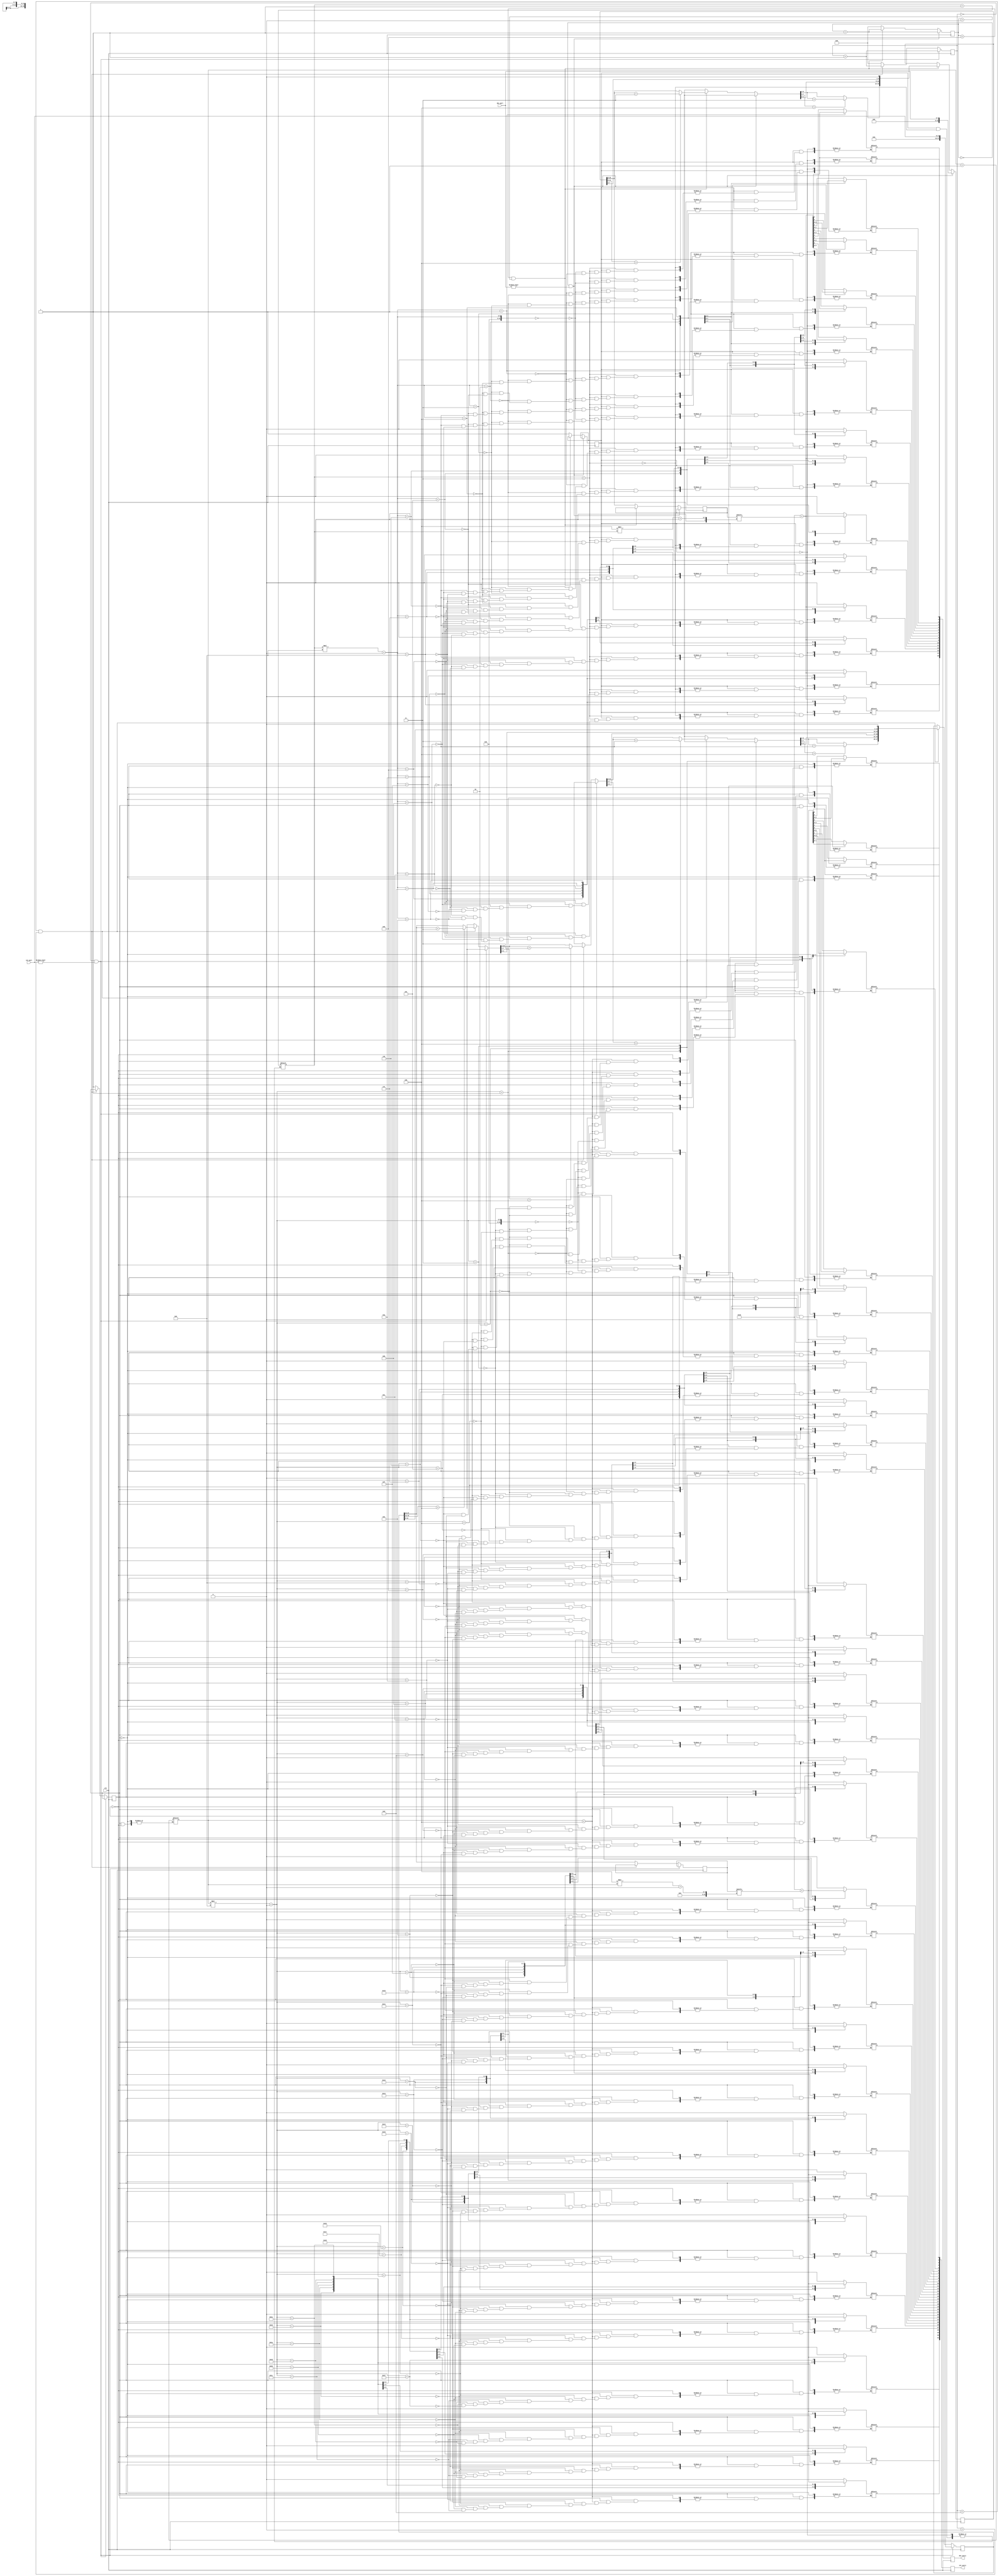
// Sankatmochan Bot : Task 1 D : Binary to Ascii
/*
Instructions
-------------------
Students are not allowed to make any changes in the Module declaration.
This file is used to design a Binary to Ascii converter.

Recommended Quartus Version : 19.1
The submitted project file must be 19.1 compatible as the evaluation will be done on Quartus Prime Lite 19.1.

Warning: The error due to compatibility will not be entertained.
			Do not make any changes to Test_Bench_Vector.txt file. Violating will result into Disqualification.
-------------------
*/

//Binary_to_Ascii
//Inputs : 12-bit int_part and 8-bit dec_part.
//Output : 32-bit int_ascii and 16-bit dec_ascii.

//Note : In the below code/comment, decimal part(dec_part) is referred as fractional part.

//////////////////DO NOT MAKE ANY CHANGES IN MODULE///////////////////////////////

module Binary_to_Ascii(
input 		clk,                    // Clock input for the entire design
input 		[11:0]int_part,			// 12 Bit Interger part (min. value in decimal is 0 and max is 4095)
input 		[7:0]dec_part,				// 8 Bit Fractional part (min. value in decimal is 0 and max is 99)
output reg 	[31:0]int_ascii,	 		// 32 Bit Output Reg to hold the Ascii value of integer part (int_part).
output reg 	[15:0]dec_ascii		   // 16 Bit Output Reg to hold the Ascii value of fractional part (dec_part).
				
/* Note : 1) It is expected that teams find out the reason behind output reg being 32 bit and 16 bit for
		             integer part and decimal part resp. and then proceed with the task.
			 2) 8 bit decimal part can go upto 255 but as it is been used to represent decimal part it cannot go beyound 99.
*/
);
//set_global_assignment -Binary_to_coding VERILOG_NON_CONSTANT_LOOP_LIMIT 300;
////////////////////////////////////// Complete the "?" with appropriate bit values.///////////////////////////////////////////
reg [11:0]r_int_part    = 0;			// Registor to hold input integer part (int_part)
reg [7:0]r_dec_part     = 0;			// Registor to hold input decimal part (dec_part)

reg [27:0]r_shift_int   = 0;			// Registor to hold Output during shift add 3 algorithm integer part (int_part)
reg [15:0]r_shift_dec   = 0;			// Registor to hold Output during shift add 3 algorithm Decimal part (int_part)

reg [3:0]i_int          = 0;			// Use to monitor binary bit shifting of integer part
reg [3:0]i_dec          = 0;			// Use to monitor binary bit shifting of decimal part
reg [3:0]i_int1          = 0;			// Use to monitor binary bit during ascii conver of integer part
reg [3:0]i_dec1          = 0;			// Use to monitor binary bit during ascii conver of decimal part

reg [15:0]r_bcd_int;						// Registor to hold BCD value of integer
reg [7:0]r_bcd_dec;						// Registor to hold BCD value of decimals

reg [31:0]r_int_ascii = 0;				// Registor to hold ASCII value of integer
reg [15:0]r_dec_ascii =0;				// Registor to hold ASCII value of decimal

reg conversion_complete_int = 0;		// To monitor the completion of binary to BCD conversion (integer part)
reg conversion_complete_dec = 0;		// To monitor the completion of binary to BCD conversion (decimal part)
///////////////////////////////////////////////////////////////////////////////////////////////////////////////////////////////


////////////////////////////////////////DO NOT MAKE ANY CHANGES IN THIS ALWAYS BLOCK///////////////////////////////////////////
always @ (posedge clk)
	begin
		int_ascii <= r_int_ascii;
		dec_ascii <= r_dec_ascii;
	end
///////////////////////////////////////////////////////////////////////////////////////////////////////////////////////////////

//////// Convert binary to bcd by using the Shift Add-3 algorithm. The below block is for Interger part of the data ///////////
always @ (posedge clk)
	begin
	
		 if((i_int == 0)  && (r_int_part != int_part))   //If data at the input is not different from what is already stored, Dont start conversion
			begin
					//r_int_part = int_part;
					r_shift_int <= {16'b0,int_part};
					i_int = i_int + 1; 
			end
			
		 else if((i_int < 13) && (i_int > 0))              //shift until all the binary bits have been shifted, which happens when i_int reaches 13
			begin
				if(r_shift_int[15:12]>4)
					begin
						r_shift_int[27:12] =r_shift_int[27:12]+3;
					end
			   if(r_shift_int[19:16]>4)
					begin
						r_shift_int[27:16] =r_shift_int[27:16]+3;
					end
				if(r_shift_int[23:20]>4)
					begin
						r_shift_int[27:20] =r_shift_int[27:20]+3;
					end
				if(r_shift_int[27:24]>4)
					begin
						r_shift_int[27:24] =r_shift_int[27:24]+3;
					end
					r_shift_int = r_shift_int << 1;
					i_int =i_int + 1;
					
			end 
			
		else
			begin
				r_bcd_int = r_shift_int[27:12];           //Assign the bcd values to the output register
				i_int = 0;                           
				conversion_complete_int = 1;
			end	
		
	end
///////////////////////////////////////////////////////////////////////////////////////////////////////////////////////////////////	
	
	
////////// Convert binary to bcd by using the Shift Add-3 algorithm. The below block is for Interger part of the data /////////////
	always @ (posedge clk)
	begin
		if((i_dec == 0)  && (r_dec_part != dec_part))   //If data at the input is not different from what is already stored, Dont start conversion
			begin
					r_shift_dec <= {8'b0,dec_part};
					i_dec <= i_dec + 	1'b1; 
			end
			
		 else if((i_dec < 9) && (i_dec > 0))                //shift until all the binary bits have been shifted, which happens when i_int reaches 13
			begin
				if(r_shift_dec[11:8]>4)
					begin
						r_shift_dec[15:8] =r_shift_dec[15:8]+3;
					end
			   if(r_shift_dec[15:12]>4)
					begin
						r_shift_dec[15:12] =r_shift_dec[15:12]+3;
					end
					i_dec <= i_dec + 	1'b1;
					r_shift_dec= r_shift_dec << 1;
					
			end 
			
		 else
			begin
				r_bcd_dec= r_shift_dec[15:8];           //Assign the bcd values to the output register
				i_dec <= 0; 
				conversion_complete_dec = 1;
			end
			
			
	end
/////////////////////////////////////////////////////////////////////////////////////////////////////////////////////////////////////	
	
	
	
/////////////////////////////// This always block with convert the BCD to ASCII for the interger part///////////////////////////////	
always @ *
	begin
		if (conversion_complete_int==1)
		// Monitor if BCD conversion of integer part is done or not, if done then prceed with ascii conversion
		begin
			if (i_int1 < 4) 
			begin
				r_int_ascii[i_int1 * 8 +: 8] = 8'h30 + r_bcd_int[4 * i_int1 +: 4];
				i_int1 <= i_int1 + 1;
			end
		end
	end
//////////////////////////////////////////////////////////////////////////////////////////////////////////////////////	
	
/////////////////// The Below always block is same as above. This block is for the decimal part //////////////////////
	always @ *
	begin
		if (conversion_complete_dec==1)				// Monitor if BCD conversion of integer part is done or not, if done then prceed with ascii conversion
		begin
			if (i_dec1 < 3) 
			begin
				r_dec_ascii[i_dec1 * 8 +: 8] = 8'h30 + r_bcd_dec[4 * i_dec1 +: 4];
				i_dec1 <= i_dec1 + 1;
			end
		end
	end
//////////////////////////////////////////////////////////////////////////////////////////////////////////////////////////	
endmodule